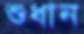
শুধান